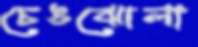
চেঙঝোলা